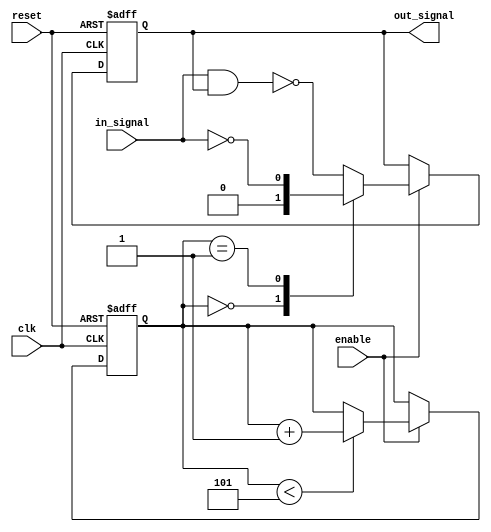
module NAND_Gate_Delay (
    input wire clk,
    input wire reset,
    input wire enable,
    input wire in_signal,
    
    output reg out_signal
);

reg [3:0] delay_count;

always @(posedge clk or posedge reset) begin
    if (reset) begin
        delay_count <= 4'b0000;
        out_signal <= 1'b0;
    end else begin
        if (enable) begin
            case (delay_count)
                4'b0000: out_signal <= 1'b0;
                4'b0001: out_signal <= ~in_signal;
                4'b0010: out_signal <= ~(in_signal & out_signal);
                4'b0011: out_signal <= ~(in_signal & out_signal);
                4'b0100: out_signal <= ~(in_signal & out_signal);
                default: out_signal <= ~(in_signal & out_signal);
            endcase
            
            if (delay_count < 4'b0101) begin
                delay_count <= delay_count + 1;
            end
        end
    end
end

endmodule